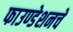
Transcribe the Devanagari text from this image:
फाउण्डेशनचे